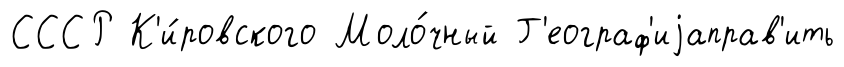
СССР К'и́ровского Моло́чный Г'еограф'иjаправ'ить